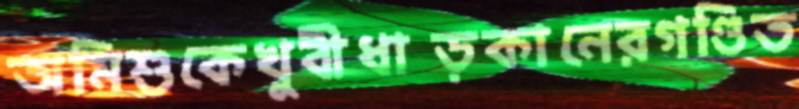
অমিশুকেখুবীধাড়কানেরগণ্ডিত